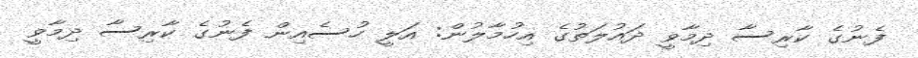
ފެނުގެ ކާރިސާ ދިމާވީ ދައުލަތުގެ އިހުމާލުން: އަލީ ހުސެއިން ފެނުގެ ކާރިސާ ދިމާވީ